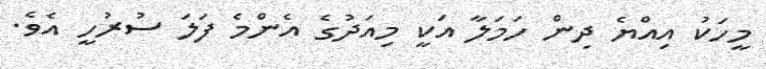
މީހަކު އިއްޔެ ދިން ހަމަލާ އަކީ މިއަދުގެ އެންމެ ފަލަ ސުރުހީ އެވެ.